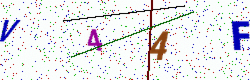
Text: V44F